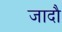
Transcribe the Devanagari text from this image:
जादौ